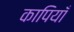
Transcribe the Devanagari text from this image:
कापियाँ